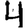
Digit: 4